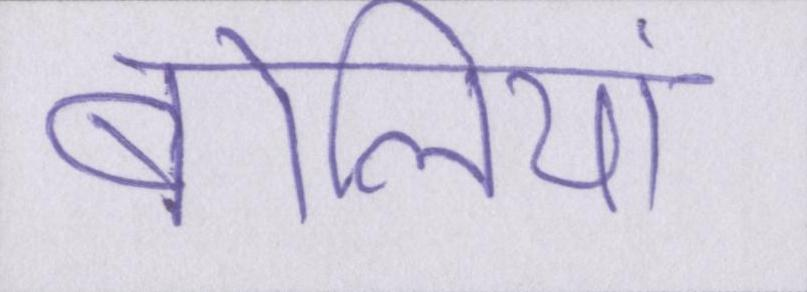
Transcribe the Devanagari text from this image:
बोलियां